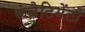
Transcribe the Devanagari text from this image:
कंबैटिमेंटो